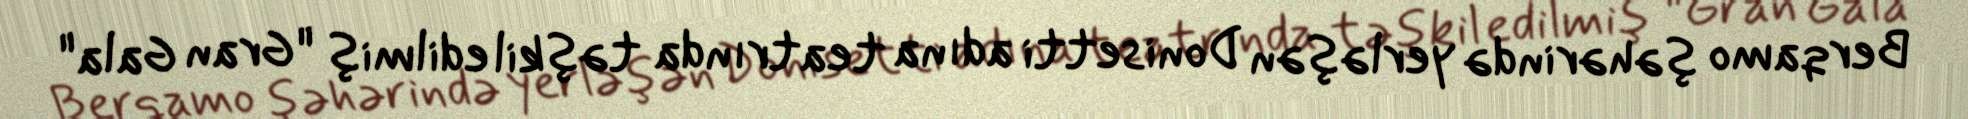
Berqamo şəhərində yerləşən Donisetti adına teatrında təşkil edilmiş "Gran Gala"